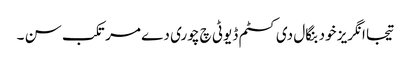
تیجا انگریز خود بنگال دی کسٹم ڈیوٹی چ چوری دے مرتکب سن ۔